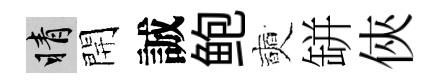
睛開誠鲍奭缾俠